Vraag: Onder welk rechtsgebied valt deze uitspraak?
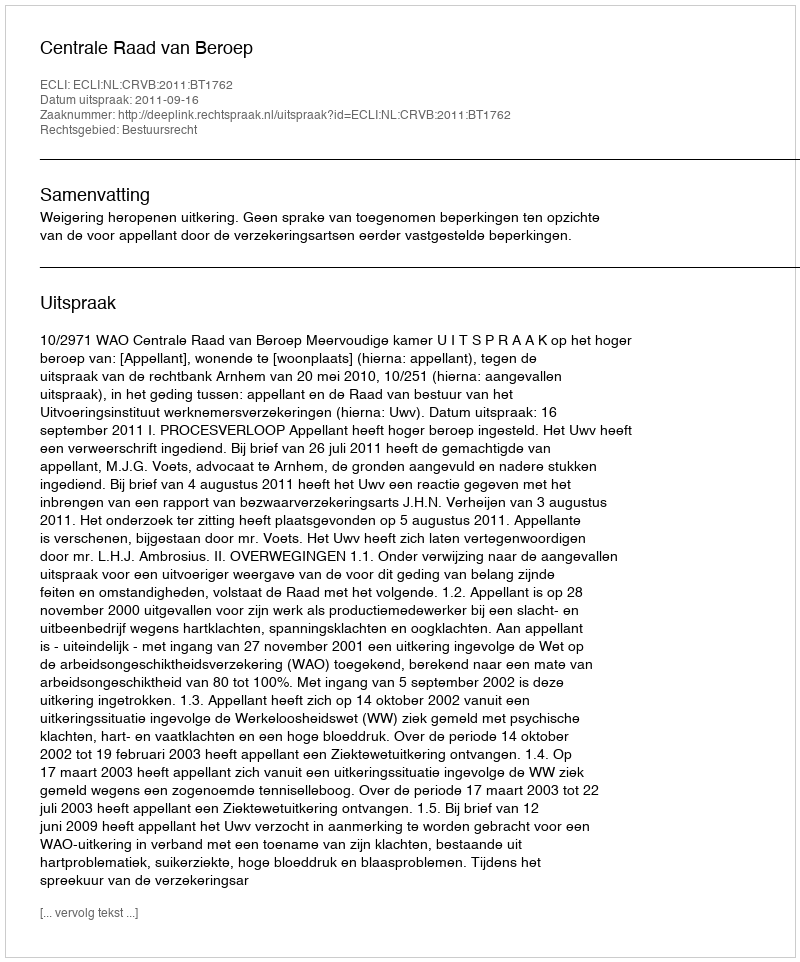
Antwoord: Bestuursrecht